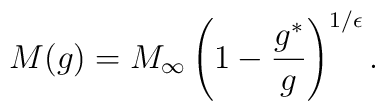
M(g)=M_\infty\left(1-\frac{g^*}{g}\right)^{1/ \epsilon}.